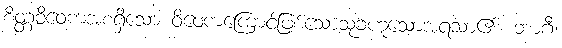
စိတ္တဝိဝေကအစရှိသော ဝိဝေကကြောင့်ဖြစ်သောသုခဟူသောအရသာ၏။ ဘာဂီ၊